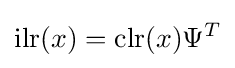
\operatorname {ilr} (x)=\operatorname {clr} (x)\Psi ^{T}